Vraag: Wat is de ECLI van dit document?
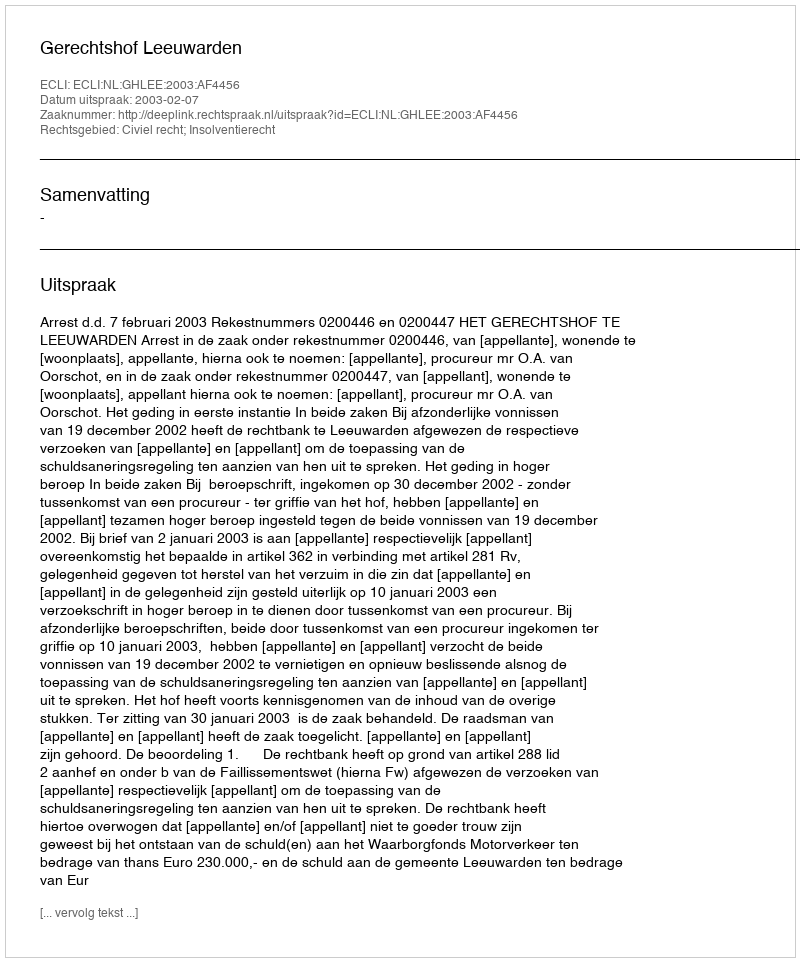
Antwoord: ECLI:NL:GHLEE:2003:AF4456